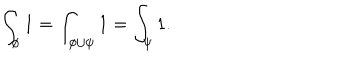
\int _ { \phi } 1 = \int _ { \phi \cup \psi } 1 = \int _ { \psi } 1 .